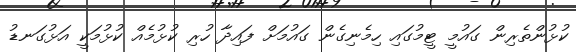
ކުޅުންތެރިން ގައުމީ ޓީމުގައި ހިމެނިގެން ގައުމަށް ފައިދާ ހުރި ކުޅުމެއް ކުޅުމަކީ އަޅުގަނޑު